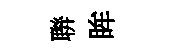
聨眸